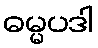
ဓမ္မပဒါ